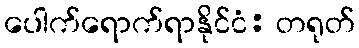
ပေါက်ရောက်ရာနိုင်ငံ: တရုတ်